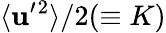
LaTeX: \langle{{\mathbf{u}}^{\prime}{}^{2}}\rangle/2(\equiv K)